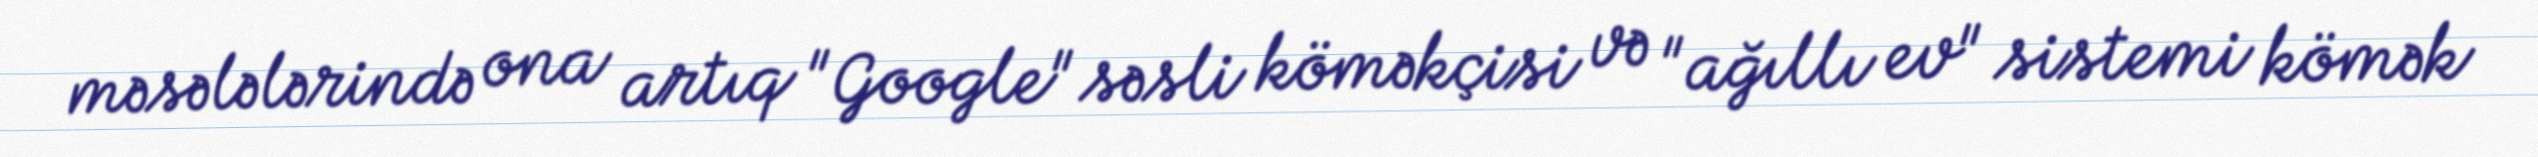
məsələlərində ona artıq "Google" səsli köməkçisi və "ağıllı ev" sistemi kömək